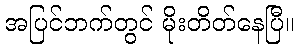
အပြင်ဘက်တွင် မိုးတိတ်နေပြီ။